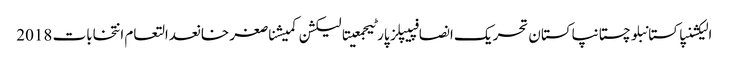
الیکشنپاکستانبلوچستانپاکستان تحریک انصافپیپلز پارٹیجمعیتالیکشن کمیشناصغر خانعدالتعام انتخابات 2018